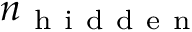
n _ { \mathrm { ~ h ~ i ~ d ~ d ~ e ~ n ~ } }